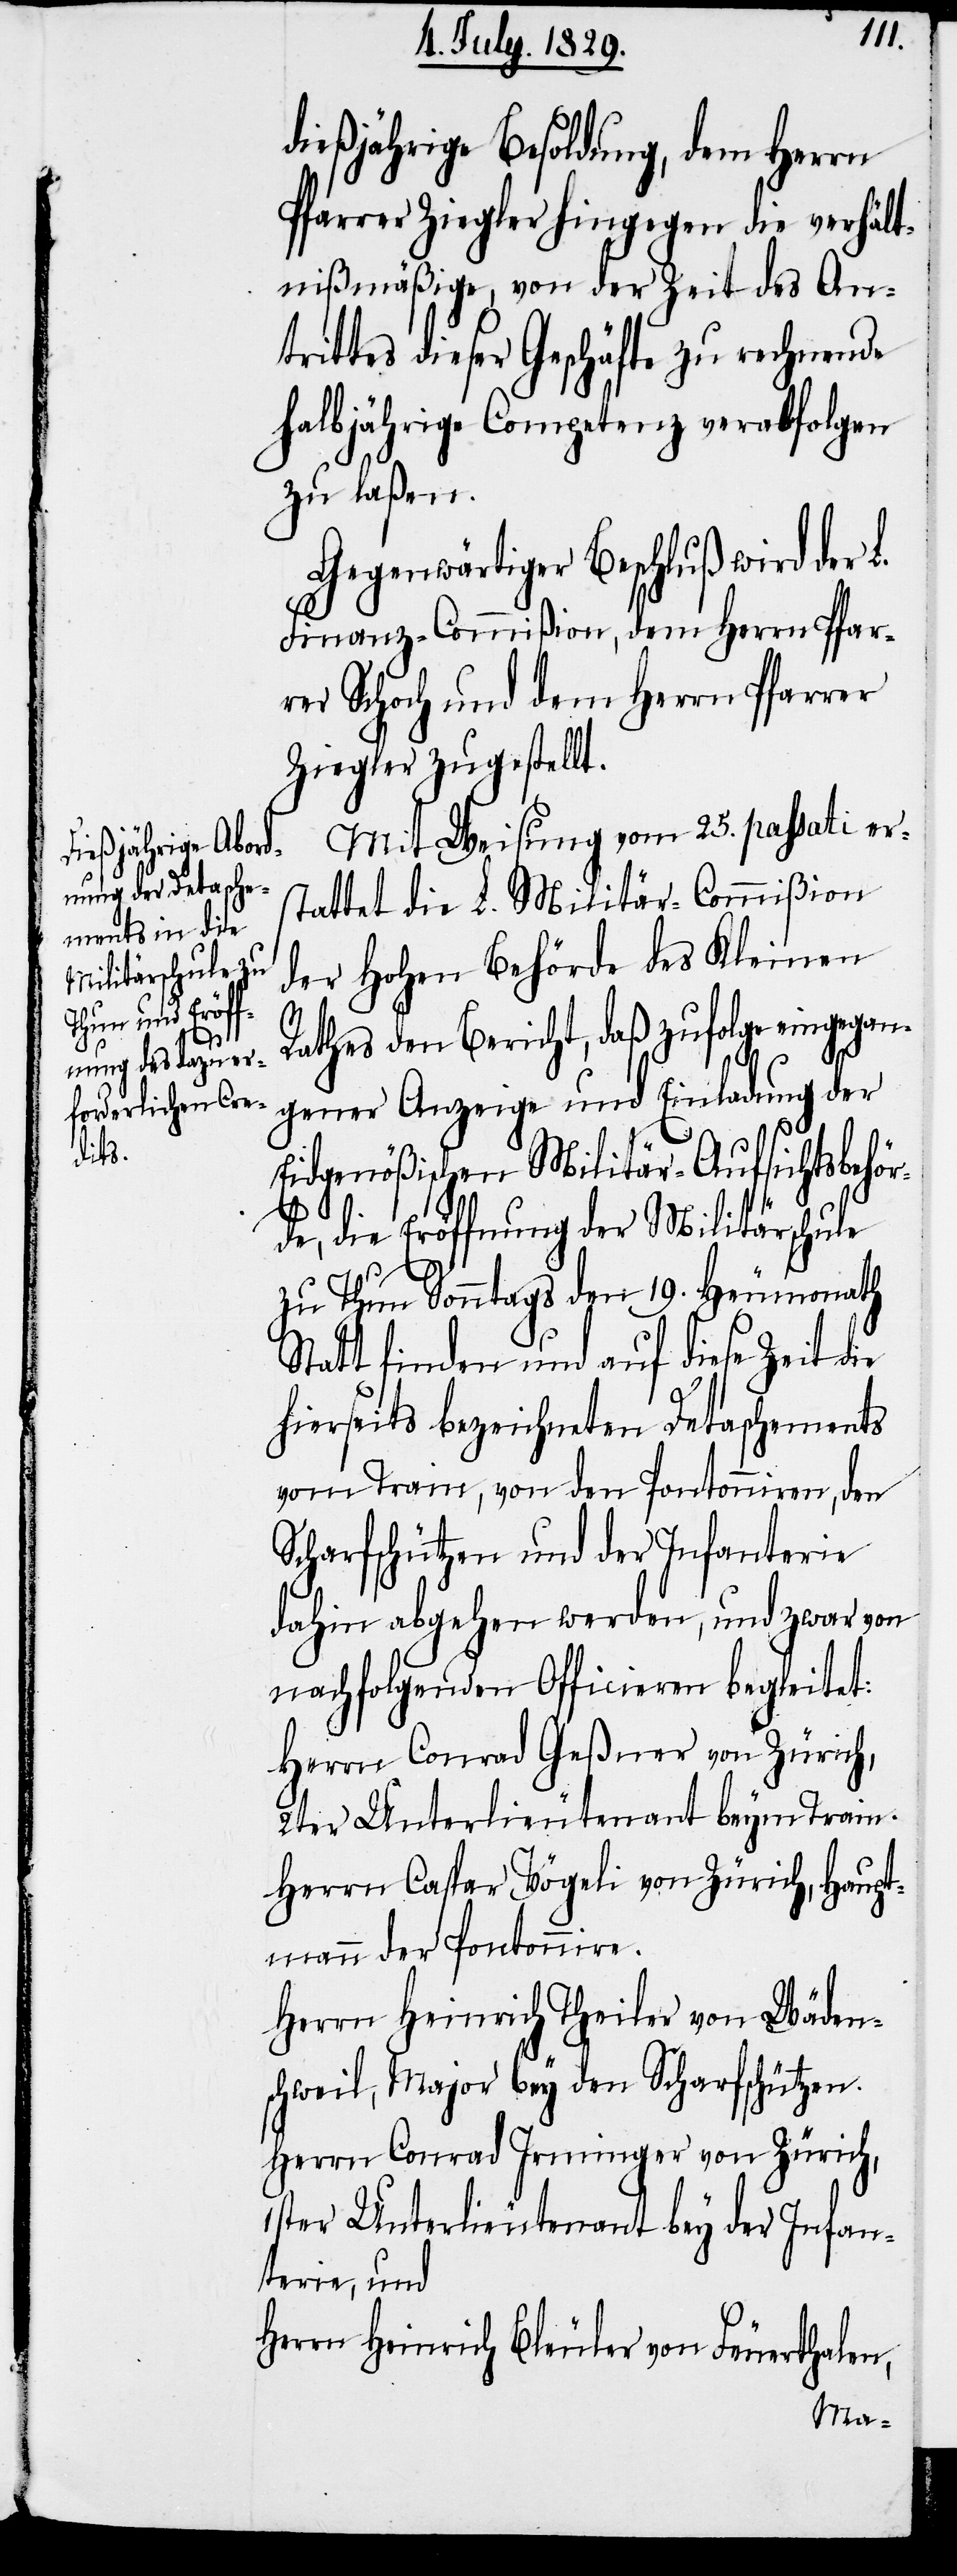
dießjährige Besoldung, dem Herrn
Pfarrer Ziegler hingegen die verhält¬
nißmäßige, von der Zeit des An¬
trittes dieser Geschäfte zu rechnende
halbjährige Competenz verabfolgen
zu laßen.
Gegenwärtiger Beschluß wird der L.
Finanz-Commißion, dem Herrn Pfar¬
rer Schoch und dem Herrn Pfarrer
Ziegler zugestellt.
Mit Weisung vom 25. passati er¬
stattet die L. Militär-Commißion
der Hohen Behörde des Kleinen
Rathes den Bericht, daß zufolge eingegan¬
gener Anzeige und Einladung der
Eidgenößischen Militär-Aufsichtsbehör¬
de, die Eröffnung der Militärschule
zu Thun Sonntags den 19. Heumonath
Statt finden und auf diese Zeit die
hierseits bezeichneten Detaschements
vom Train, von den Pontonniren, den
Scharfschützen und der Infanterie
dahin abgehen werden, und zwar von
nachfolgenden Officieren begleitet:
Herrn Conrad Geßner von Zürich,
2ter Unterlieutenant beym Train.
Herrn Caspar Vögeli von Zürich, Haupt¬
mann der Pontonnire.
Herrn Heinrich Theiler von Wäden¬
schweil, Major bey den Scharfschützen.
Herrn Conrad Irninger von Zürich,
1ster Unterlieutenant bey der Infan¬
terie, und
Herrn Heinrich Bleuler von Feuerthalen,